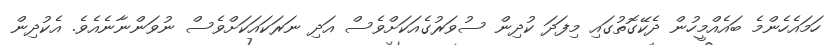
ހަމައެހެންމެ ބައެއްމީހުން ދެކޭގޮތުގައި މިފަދަ ކުދިން ސުވަރުގެއަކަށްވެސް އަދި ނަރަކައަކަށްވެސް ނުވަންނާނެއެވެ. އެކުދިން